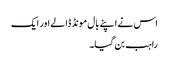
اس نے اپنے بال مونڈ ڈالے اور ایک
راہب بن گیا۔